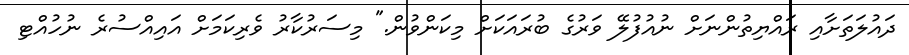
ދައުލަތަށާއި ރައްޔިތުންނަށް ނުއުފުލޭ ވަރުގެ ބުރައަކަށް މިކަންވުން." މިސަރުކާރު ވެރިކަމަށް އައިއްސުރެ ނުހުއްޓި